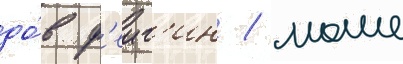
до́в ф'еиг'ин / моше